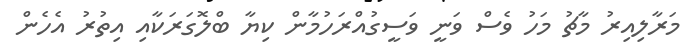
މަރާލިއިރު މާޗު މަހު ވެސް ވަނީ ވަސީގުއްރަހުމާން ކިޔާ ބްލޮގަރަކާއި އިތުރު އެހެން